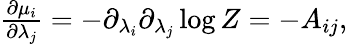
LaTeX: \begin{array}{r}{\frac{\partial\mu_{i}}{\partial\lambda_{j}}=-\partial_{\lambda_{i}}\partial_{\lambda_{j}}\log Z=-A_{ij},}\end{array}